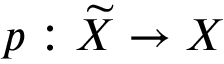
p : { \widetilde { X } } \to X